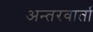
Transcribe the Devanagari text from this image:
अन्तरवार्ता